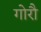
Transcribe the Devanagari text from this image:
गोरौ